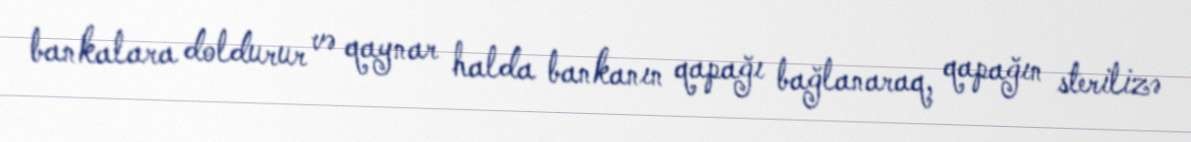
bankalara doldurur və qaynar halda bankanın qapağı bağlanaraq, qapağın sterilizə